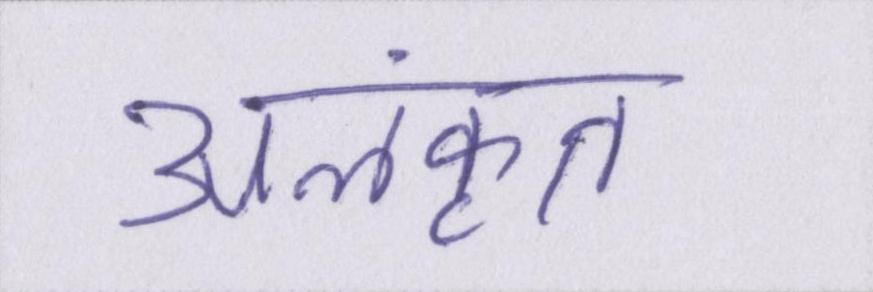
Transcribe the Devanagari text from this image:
अलंकृत